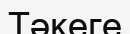
Тәкеге